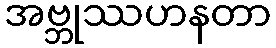
အဗ္ဘုဿဟနတာ